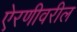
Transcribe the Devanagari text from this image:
ऐरणीवरील